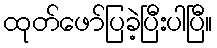
ထုတ်ဖော်ပြခဲ့ပြီးပါပြီ။